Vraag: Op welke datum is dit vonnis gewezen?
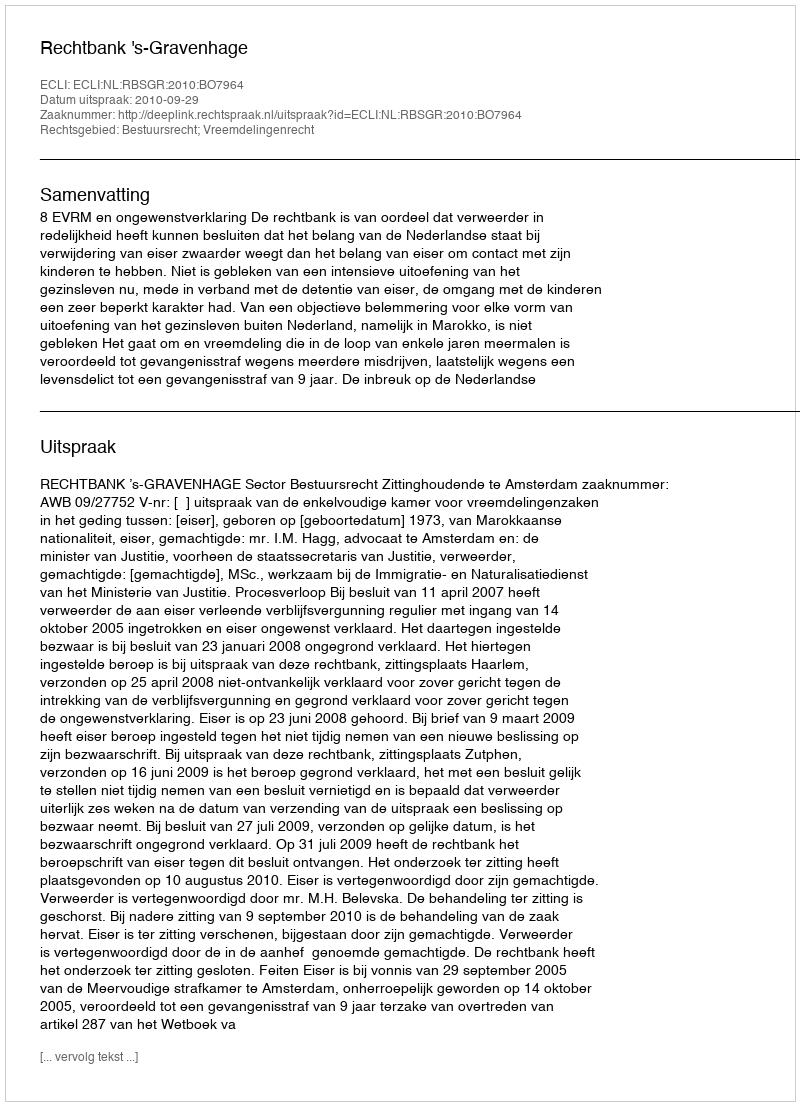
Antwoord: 2010-09-29